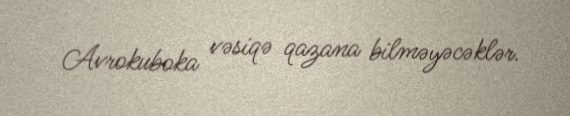
Avrokuboka vəsiqə qazana bilməyəcəklər.